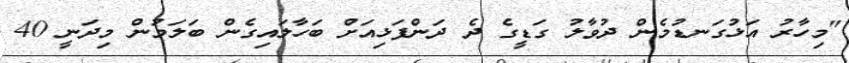
"މިހާރު އަޅުގަނޑުމެން ދުވާލު ގަޑީގެ ދެ ދަންފަޅިއަށް ބަހާލައިގެން ބަލަމުން މިދަނީ 40